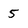
Character: 5